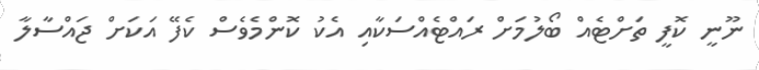
ނޫނީ ކޮފީ ތަށްޓެއް ބޯލުމަށް ރައްޓެއްސަކާއި އެކު ކޮންމެވެސް ކެފޭ އަކަށް ޖައްސާލާ